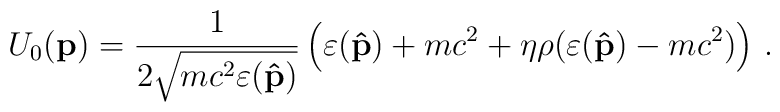
U_0({\bf p})=\frac{1}{2\sqrt{mc^2\varepsilon({\bf\hat p})}}   \left(\varepsilon({\bf\hat p})+mc^2+   \eta\rho(\varepsilon({\bf\hat p})-mc^2)\right)\,.